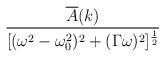
LaTeX: \begin{align*}\frac{\overline A(k)}{\lbrack(\omega^2-\omega_0^2)^2+(\Gamma\omega)^2\rbrack^{\frac{1}{2}}}\end{align*}